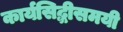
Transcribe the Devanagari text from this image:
कार्यसिद्धीसमयी